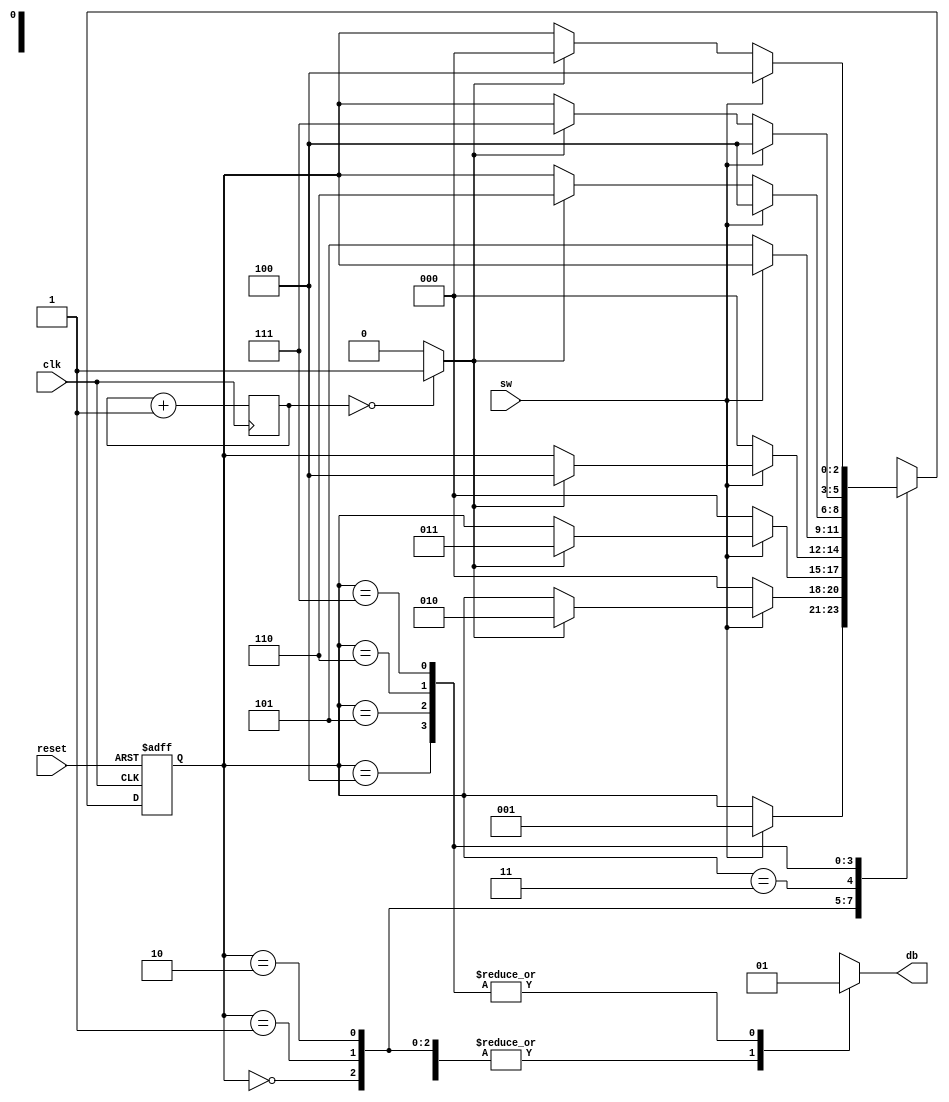
`timescale 1ns / 1ps
//////////////////////////////////////////////////////////////////////////////////
// Company: 
// Engineer: 
// 
// Design Name: 
// Module Name: debounceplz
// Project Name: 
// Target Devices: 
// Tool Versions: 
// Description: 
// 
// Dependencies: 
// 
// Revision:
// Revision 0.01 - File Created
// Additional Comments:
// 
//////////////////////////////////////////////////////////////////////////////////


module debounceplz(

    input wire clk,
    input wire reset,
    input wire sw,
    output reg db
    );
    
    //symbolic state declaration
    localparam [2:0]
        zero = 3'b000,
        wait1_1 = 3'b001,
        wait1_2 = 3'b010,
        wait1_3 = 3'b011,
        one = 3'b100,
        wait0_1 = 3'b101,
        wait0_2 = 3'b110,
        wait0_3 = 3'b111;
        
        //number of counter bits (2^N * 20ns = 10ms tick)
        localparam N=19;
        
        //signal declaration
        reg[N-1:0] q_reg;
        wire [N-1:0] q_next;
        wire m_tick;
        reg [2:0] state_reg, state_next;
        
        //body
        
        //counter to generate 10 ms tick
        always @(posedge clk)
            q_reg <= q_next;
        //next-state logic
        assign q_next = q_reg + 1;
        //output tick
        assign m_tick = (q_reg==0) ? 1'b1 : 1'b0;
        
        //debouncing FSM
        
        //state register
        always @(posedge clk, posedge reset)
            if (reset)
                state_reg <= zero;
            else
                state_reg <= state_next;
        
        always @*
            begin
                state_next = state_reg; //default state
                db = 1'b0; //default output: 0
                case (state_reg)
                    zero:
                        if(sw)
                            state_next = wait1_1;
                    wait1_1:
                        if(~sw)
                            state_next = zero;
                        else
                            if(m_tick)
                                state_next = wait1_2;
                        
                        wait1_2:
                            if(~sw)
                                state_next = zero;
                            else
                                if(m_tick)
                                    state_next = wait1_3;
                        
                        wait1_3:
                            if(~sw)
                                state_next = zero;
                            else
                                if(m_tick)
                                    state_next = one;
                        one:
                            begin
                                db = 1'b1;
                                if(~sw)
                                    state_next = wait0_1;
                            end
                        wait0_1:
                            begin
                                db = 1'b1;
                                if(sw)
                                    state_next = one;
                                else
                                    if(m_tick)
                                        state_next = wait0_2;
                            end
                        wait0_2:
                            begin
                                db = 1'b1;
                                if(sw)
                                    state_next = one;
                                else
                                    if(m_tick)
                                        state_next = wait0_3;
                            end
                        wait0_3:
                            begin
                                db = 1'b1;
                                if(sw)
                                    state_next = one;
                                else
                                    if(m_tick)
                                        state_next = zero;
                            end
                        default: state_next = zero;
                    endcase
                end
                
endmodule